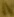
Text: D6